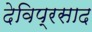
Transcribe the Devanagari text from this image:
देविप्रसाद